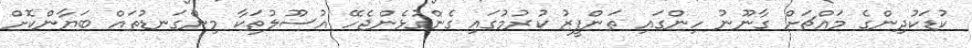
ކުޑަކުދިންގެ މައްޗަށް ގާނޫނު ހިންގައި ތަންފީޒު ކުރުމުގައި ގެންގުޅެންޖެހޭ އުސޫލުތަކާ މިންގަނޑުތައް ބަޔާންކޮށް